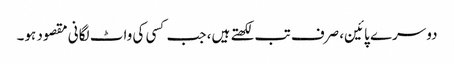
دوسرے پائین، صرف تب لکھتے ہیں، جب کسی کی واٹ لگانی مقصود ہو۔